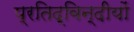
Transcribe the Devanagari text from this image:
प्रतिद्विन्दीयों